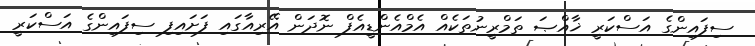
ސިފައިންގެ އަސްކަރީ ޚާއްޞަ ތަމްރީނުތަކެއް އެމްއެންޑީއެފް ނޮދަން އޭރިއާގައި ފަށައިފި ސިފައިންގެ އަސްކަރީ